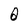
Character: O